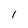
Character: 1